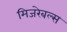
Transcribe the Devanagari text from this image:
मिजरेबल्स